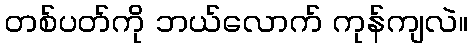
တစ်ပတ်ကို ဘယ်လောက် ကုန်ကျလဲ။